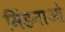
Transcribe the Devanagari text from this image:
मिंडनाओ